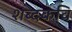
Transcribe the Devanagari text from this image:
शब्दकवि